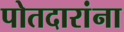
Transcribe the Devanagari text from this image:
पोतदारांना